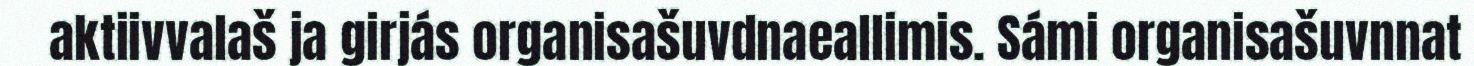
aktiivvalaš ja girjás organisašuvdnaeallimis. Sámi organisašuvnnat